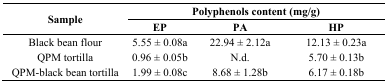
| <ROWSPAN=3> Sample | <COLSPAN=3> Polyphenols content (mg/g) |
 | EP | PA | HP |
 | --- | --- | --- | --- |
 | Black bean flour | 5.55 ± 0.08a | 22.94 ± 2.12a | 12.13 ± 0.23a |
 | QPM tortilla | 0.96 ± 0.05b | N.d. | 5.70 ± 0.13b |
 | QPM-black bean tortilla | 1.99 ± 0.08c | 8.68 ± 1.28b | 6.17 ± 0.18b |